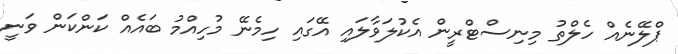
ޕްލޭނެއް ހެލްތު މިނިސްޓްރީން އެކުލަވާލައި އޭގައި ހިމެނޭ މުހިއްމު ބައެއް ކަންކަން ވަނީ